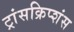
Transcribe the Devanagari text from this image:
ट्रांसक्रिप्शंस